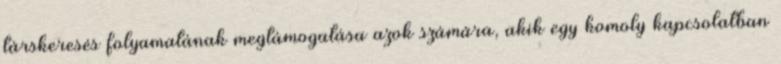
társkeresés folyamatának megtámogatása azok számára, akik egy komoly kapcsolatban